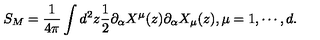
S _ { M } = \frac { 1 } { 4 \pi } \int d ^ { 2 } z \frac { 1 } { 2 } \partial _ { \alpha } X ^ { \mu } ( z ) \partial _ { \alpha } X _ { \mu } ( z ) , \mu = 1 , \cdots , d .